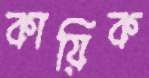
কায়িক